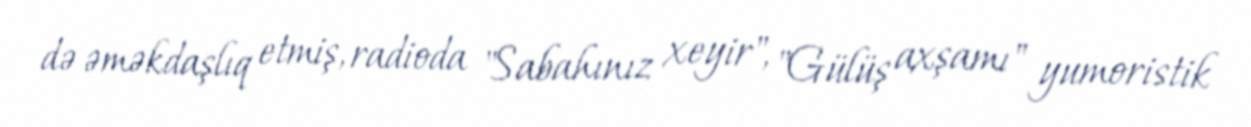
də əməkdaşlıq etmiş, radioda "Sabahınız xeyir", "Gülüş axşamı" yumoristik